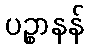
ပဉ္စာနန်